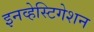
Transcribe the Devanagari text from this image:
इनव्हेस्टिगेशन